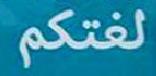
لغتكم